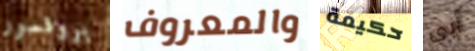
بروفسور والمعروف حكيمة أبى